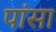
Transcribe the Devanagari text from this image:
पांसा